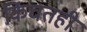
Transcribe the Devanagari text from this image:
किंचतही